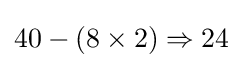
40-(8\times 2)\Rightarrow 24